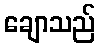
ချောသည်